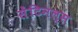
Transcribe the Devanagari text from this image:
सेंटिनल्स